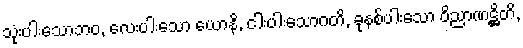
သုံးပါးသောဘဝ, လေးပါးသော ယောနိ, ငါးပါးသောဂတိ, ခုနစ်ပါးသော ဝိညာဏဋ္ဌိတိ,